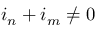
i _ { n } + i _ { m } \neq 0